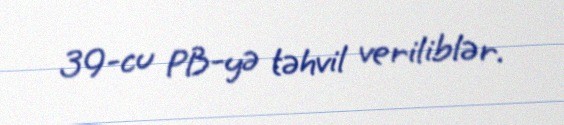
39-cu PB-yə təhvil veriliblər.